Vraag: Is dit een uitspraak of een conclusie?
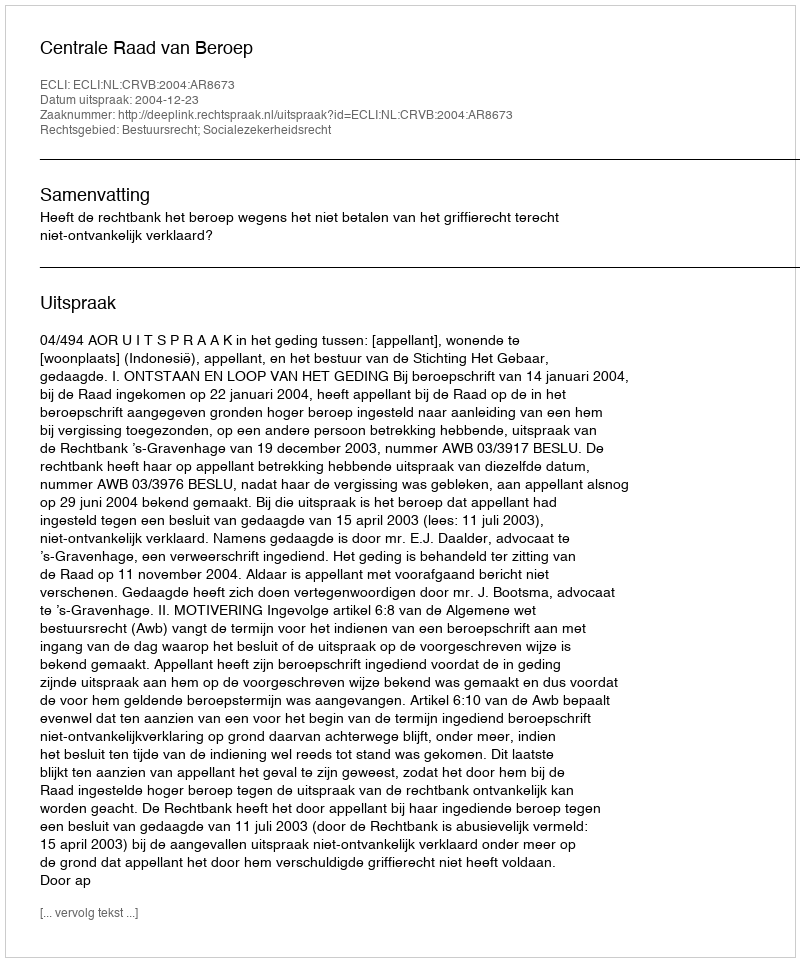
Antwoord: Uitspraak